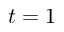
t = 1